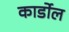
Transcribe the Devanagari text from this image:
कार्डोल